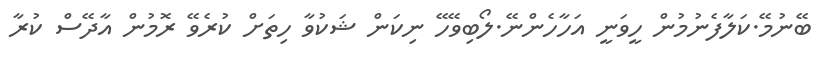
ބޭނުމޭ.ކަލާފެނުމުން ހީވަނީ އަހާހެންނޭ.ލޯބިވޭހޭ ނިކަން ޝަކުވާ ހިތަށް ކުރެވޭ ރޮމުން އާދޭސް ކުރާ